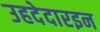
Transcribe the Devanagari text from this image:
उहदेदारइन